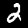
Label: 2